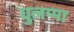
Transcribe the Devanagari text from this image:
घुलप्पा